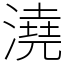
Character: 澆